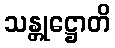
သန္တုဋ္ဌောတိ